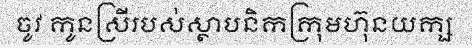
ចូវ កូនស្រីរបស់ស្ថាបនិកក្រុមហ៊ុនយក្ស